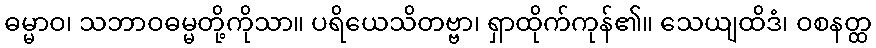
ဓမ္မာဝ၊ သဘာဝဓမ္မတို့ကိုသာ။ ပရိယေသိတဗ္ဗာ၊ ရှာထိုက်ကုန်၏။ သေယျထိဒံ၊ ဝစနတ္ထ